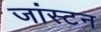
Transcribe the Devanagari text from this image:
जांस्टन